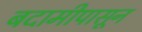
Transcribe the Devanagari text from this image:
बदामीपासून